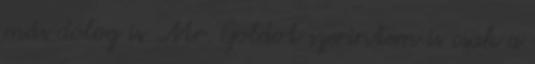
más dolog is. Mr. Goldot szerintem is csak a